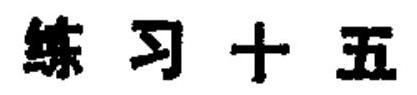
练习十五